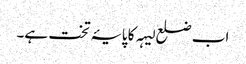
اب ضلع لیہہ کا پایۂ تخت ہے۔